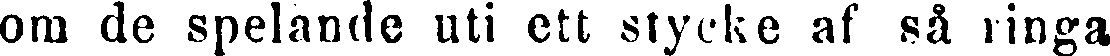
om de spelande uti ett stycke af så ringa